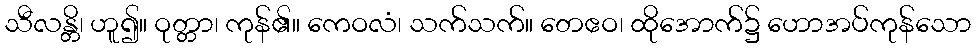
သီလန္တိ၊ ဟူ၍။ ဝုတ္တာ၊ ကုန်၏။ ကေဝလံ၊ သက်သက်။ တေဧဝ၊ ထိုအောက်၌ ဟောအပ်ကုန်သော